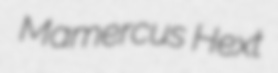
Mamercus Hext